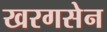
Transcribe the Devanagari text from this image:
खरगसेन